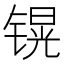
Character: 𲈒